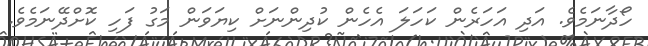
ހޯދާނަމެވެ. އަދި އަހަރެން ކަހަލަ އެހެން ކުދިންނަށް ކިޔަވަން މަގު ފަހި ކޮށްދޭނަމެވެ.